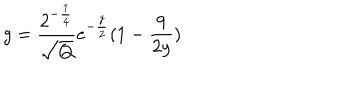
g = \frac { 2 ^ { - \frac { 1 } { 4 } } } { \sqrt { Q } } e ^ { - \frac { y } { 2 } } ( 1 - \frac { 9 } { 2 y } )